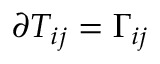
\partial T _ { i j } = \Gamma _ { i j }